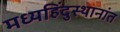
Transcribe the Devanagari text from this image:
मध्यहिंदुस्थानांत